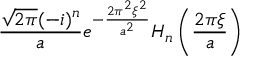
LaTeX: { \frac { { \sqrt { 2 \pi } } ( - i ) ^ { n } } { a } } e ^ { - { \frac { 2 \pi ^ { 2 } \xi ^ { 2 } } { a ^ { 2 } } } } H _ { n } \left( { \frac { 2 \pi \xi } { a } } \right)